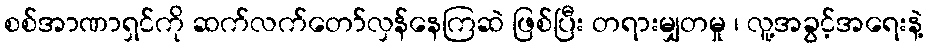
စစ်အာဏာရှင်ကို ဆက်လက်တော်လှန်နေကြဆဲ ဖြစ်ပြီး တရားမျှတမှု ၊ လူ့အခွင့်အရေးနဲ့